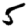
Digit: 5